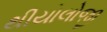
થીયોલોજી